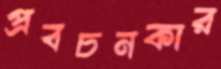
প্রবচনকার